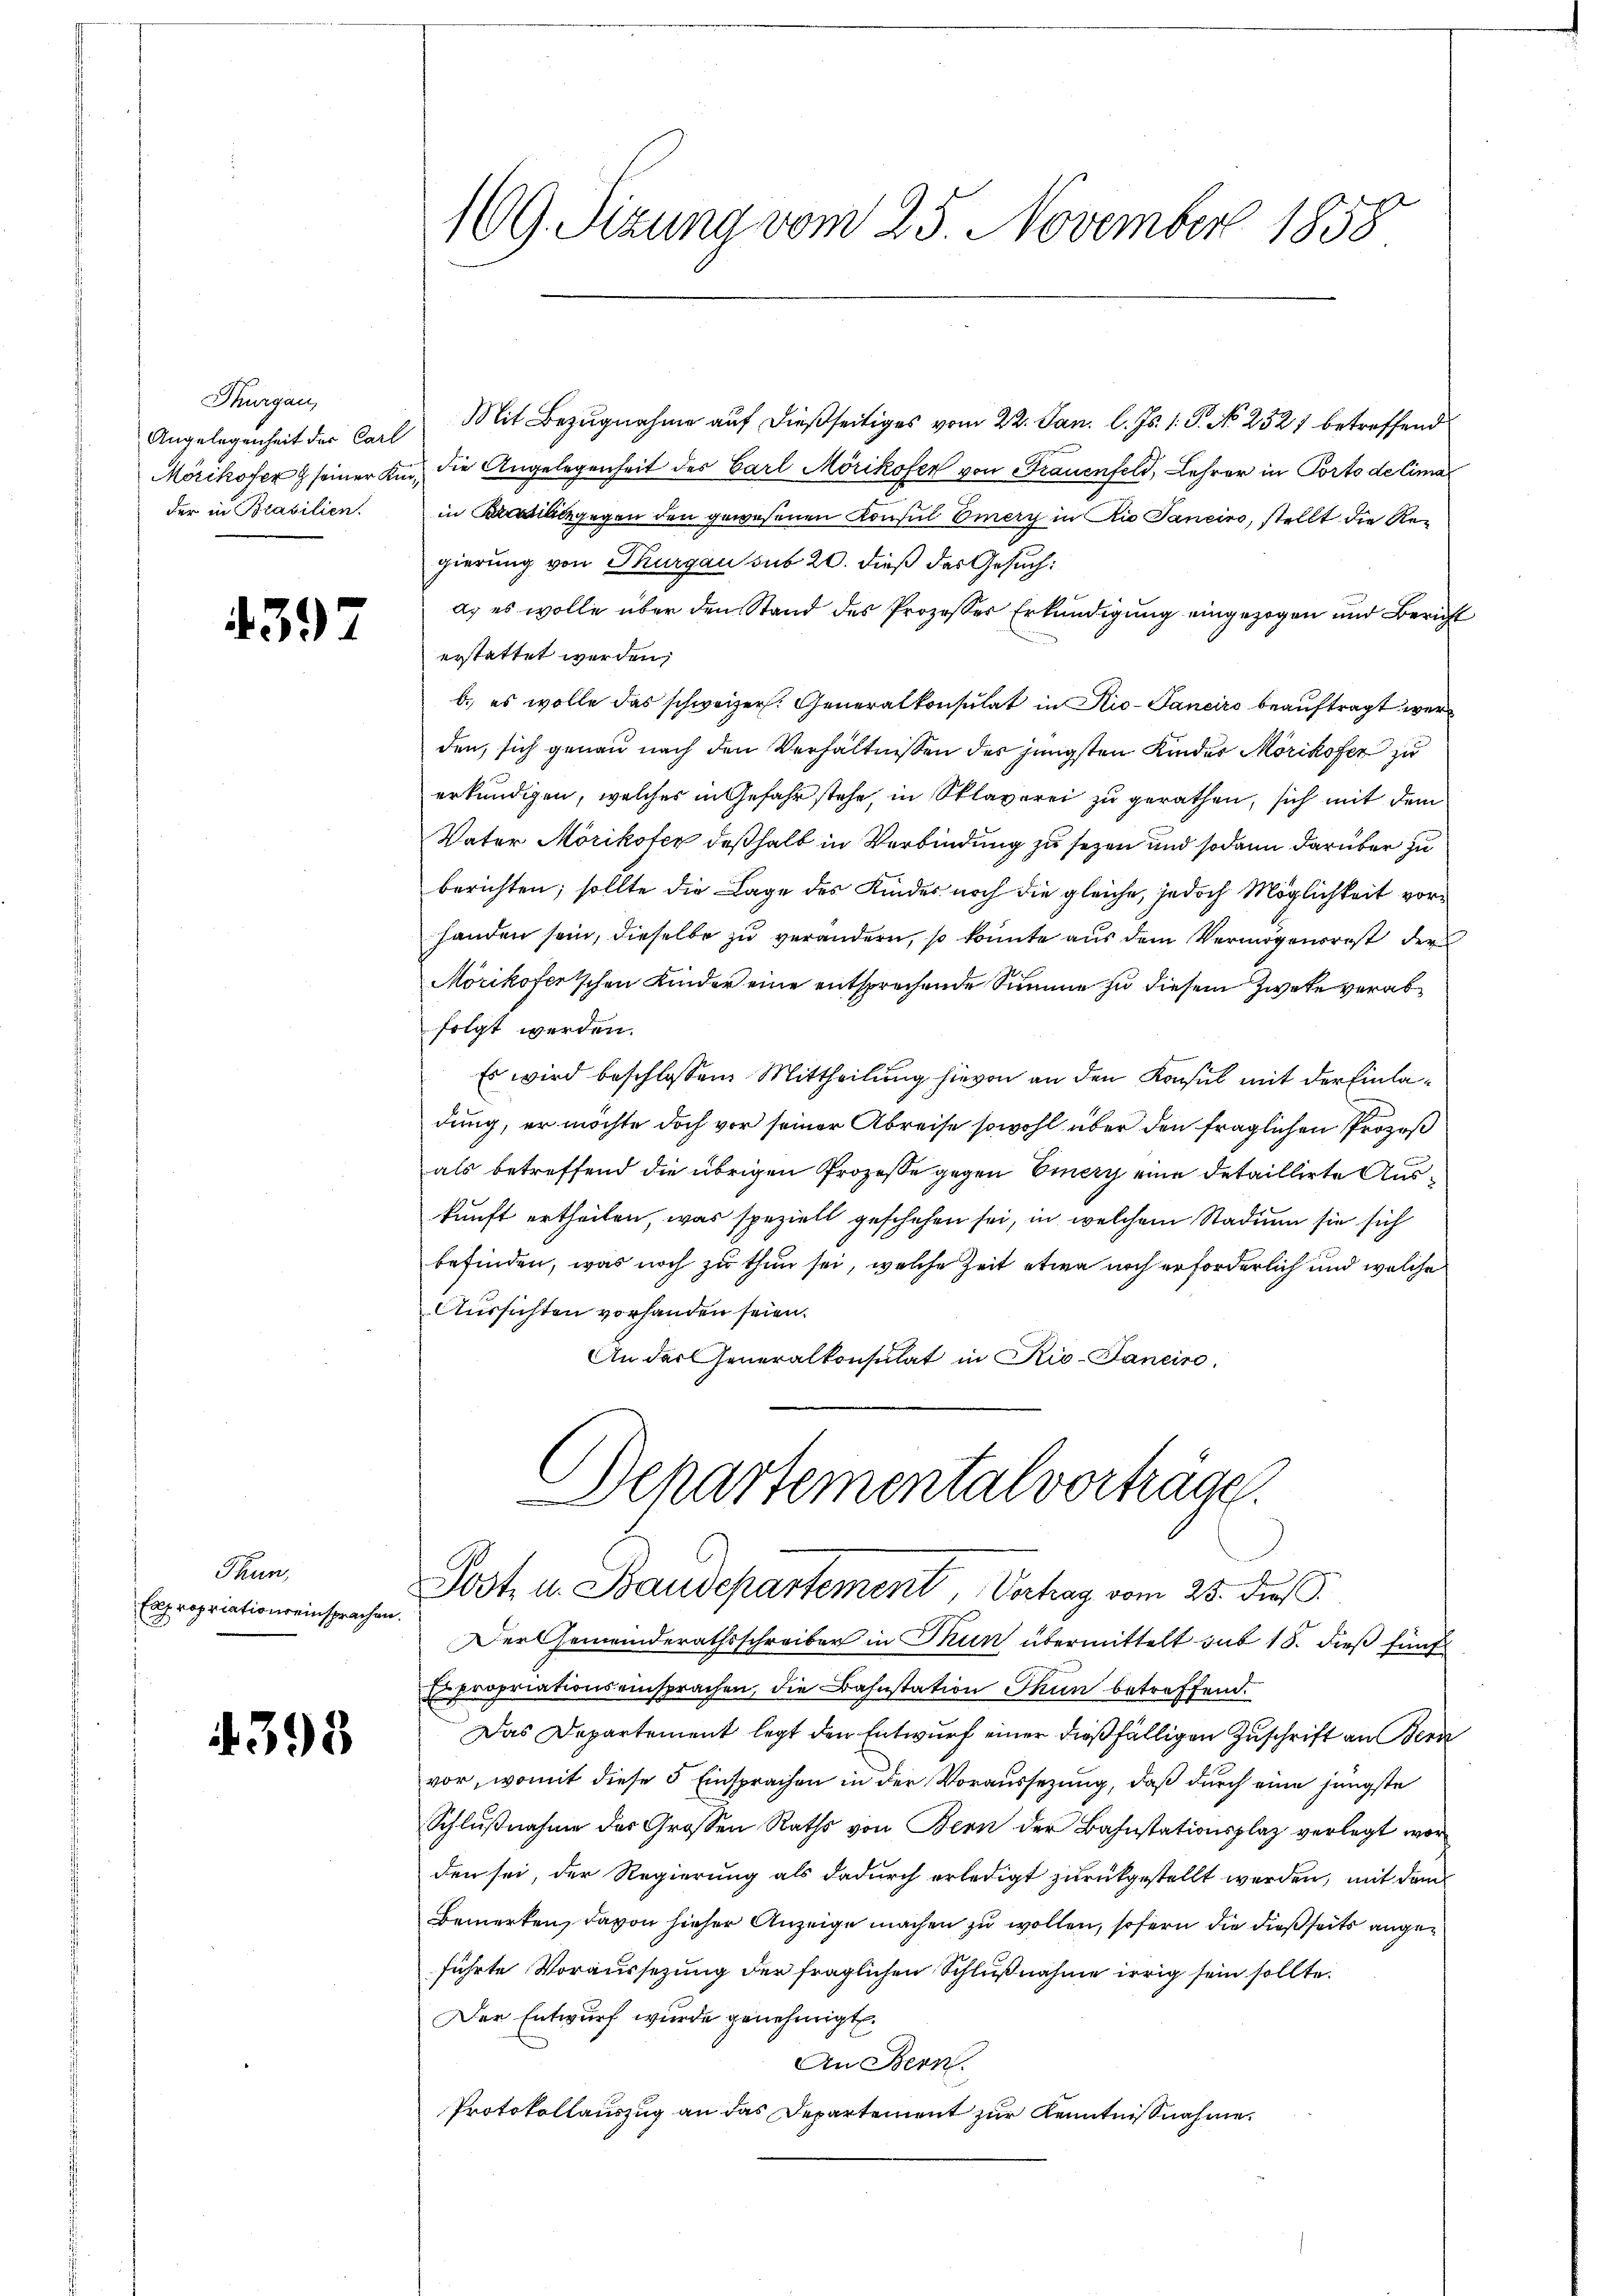
Thurgau,

4397

Thun,
Expropriationseinsprachen.

4393

169. Sizung vom 25. November 1858

Angelegenheit der Carl Mit Bezugnahme auf dießseitiges vom 22. Jan. l. Js. 1. P. No 2527 betreffend
Mörikofer & seiner Kin, die Angelegenheit des Carl Mörikofer von Frauenfeld, Lehrer in Porto de Cima
der in Brasilien. in gegen den gewesenen Konsul Emery in Rio Janeiro, stellt die Regierung von Thurgau sub 20. dieß das Gesuch:
a) es wolle über den Stand des Prozesser Erkundigung eingezogen und Bericht
erstattet werden;
b. es wolle das schweizer. Generalkonsulat in Rio-Paneiro beauftragt werd
den, sich genau nach den Verhältnissen des jüngsten Kindes Mörikofer zu
erkundigen, welches in Gefahr stehe, in Sklaverei zu gerathen, sich mit dem
Vater Mörikofer deßhalb in Verbindung zu sezen und sodann darüber zu
berichten; sollte die Lage des Kindes noch die gleiche, jedoch Möglichkeit vorhanden sein, dieselbe zu verändern, so konnte aus dem Vermögensrest der
Mörikofertschen Kinder eine entsprechende Summe zu diesem Zwete verabfolgt werden.
Es wird beschlossen Mittheilung hievon an den Konsul mit der Einladung, er möchte doch vor seiner Abreise sowohl über den fraglichen Prozeß
als betreffend die übrigen Prozesse gegen Einery eine detaillirte Auskunft ertheilen, was speziell geschehen sei, in welchem Stadium sie sich
befinden, was noch zu thun sei, welche Zeit etwa noch erforderlich und welche
Aussichten vorhanden seien.
An der Generalkonsulat in Rio-Tancire
Departemental vorträge.

Post u. Staudepartement, Verhag vom 25. dieß.

Der Gemeinderathsschreiber in Thun übermittelt sub 15. dieß fünf
Expropriationseinsprachen, die Bahnstation Thun betreffend.
Das Departement legt den Entwurf einer dießfälligen Zuschrift an Bern
vor, womit diese 5 Einsprachen in der Voraussezung, daß durch eine jüngste
Schlußnahme des Grossen Raths von Bern der Bahnstationsplaz verlegt worden sei, der Regierung als dadurch erledigt zurückgestellt werden, mit dem
Bemerken, davon hieher Anzeige machen zu wollen, sofern die dießseits angeführte Voraussezung der fraglichen Schlußnahme irrig sein sollte.
Der Entwurf wurde genehmigt.
An Bern.
Protokollauszug an das Departement zur Kenntnißnahme.